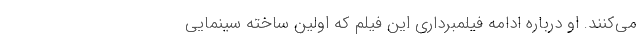
می‌کنند. او درباره ادامه فیلمبرداری این فیلم که اولین ساخته سینمایی